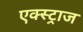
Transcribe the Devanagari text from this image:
एक्स्ट्राज